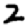
Digit: 2